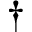
^ \dagger